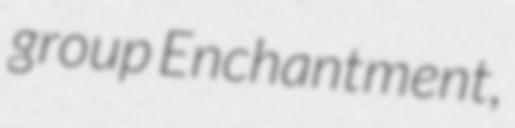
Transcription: group Enchantment,